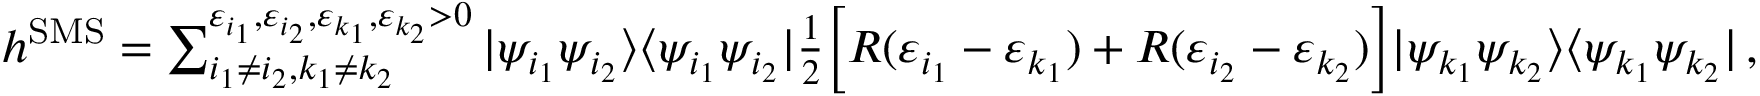
\begin{array} { r } { h ^ { \mathrm { S M S } } = \sum _ { i _ { 1 } \neq i _ { 2 } , k _ { 1 } \neq k _ { 2 } } ^ { \varepsilon _ { i _ { 1 } } , \varepsilon _ { i _ { 2 } } , \varepsilon _ { k _ { 1 } } , \varepsilon _ { k _ { 2 } } > 0 } | \psi _ { i _ { 1 } } \psi _ { i _ { 2 } } \rangle \langle \psi _ { i _ { 1 } } \psi _ { i _ { 2 } } | \frac { 1 } { 2 } \Big [ R ( \varepsilon _ { i _ { 1 } } - \varepsilon _ { k _ { 1 } } ) + R ( \varepsilon _ { i _ { 2 } } - \varepsilon _ { k _ { 2 } } ) \Big ] | \psi _ { k _ { 1 } } \psi _ { k _ { 2 } } \rangle \langle \psi _ { k _ { 1 } } \psi _ { k _ { 2 } } | \, , } \end{array}